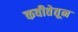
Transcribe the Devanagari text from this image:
कवीतेतून